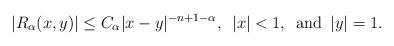
LaTeX: \begin{align*}|R_{\alpha}(x,y)|\leq C_{\alpha}|x-y|^{-n+1-\alpha},\enspace |x|<1,\enspace\mbox{and}\enspace |y|=1.\end{align*}